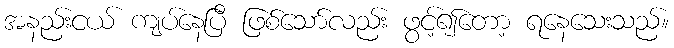
အနည်းငယ် ကျပ်နေပြီ ဖြစ်သော်လည်း ဖွင့်၍တော့ ရနေသေးသည်။